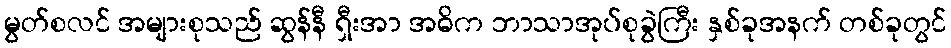
မွတ်စလင် အများစုသည် ဆွန်နီ ရှီးအာ အဓိက ဘာသာအုပ်စုခွဲကြီး နှစ်ခုအနက် တစ်ခုတွင်